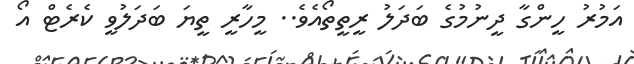
އަމުރު ހީންގާ ދީނުމުގެ ބަދަލު ރީތީތޯއެވެ.. މީހާރީ ތީޔަ ބަދަލުވީ ކެރެޓް އޯ